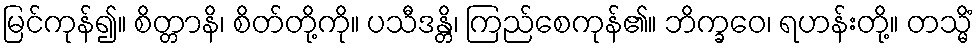
မြင်ကုန်၍။ စိတ္တာနိ၊ စိတ်တို့ကို။ ပသီဒန္တိ၊ ကြည်စေကုန်၏။ ဘိက္ခဝေ၊ ရဟန်းတို့။ တသ္မိံ